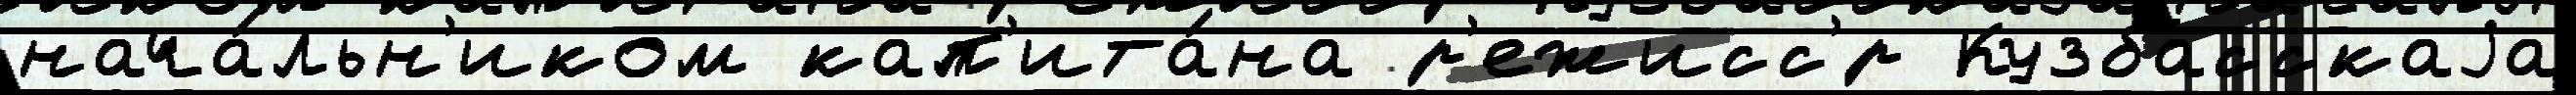
нача́льн'иком кап'ита́на р'ежисс'́р Кузбасскаjа